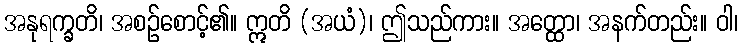
အနုရက္ခတိ၊ အစဉ်စောင့်၏။ ဣတိ (အယံ)၊ ဤသည်ကား။ အတ္ထော၊ အနက်တည်း။ ဝါ၊